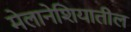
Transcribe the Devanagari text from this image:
मेलानेशियातील